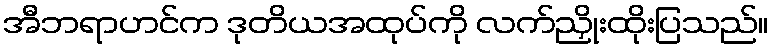
အီဘရာဟင်က ဒုတိယအထုပ်ကို လက်ညှိုးထိုးပြသည်။